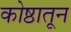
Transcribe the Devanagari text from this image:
कोष्ठातून